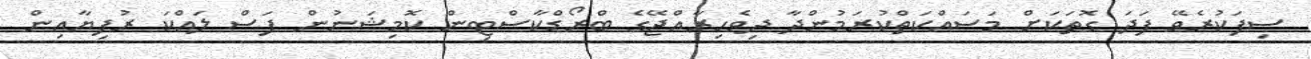
ސިފަކުރެވޭ ފަދަ ގޮތަކަށް މަސައްކަތްކުރަމުންދާ ދިވެހިރާއްޖޭގެ ބްރޯޑްކާސްޓިން ކޮމިޝަނުން ފަސް ލައްކަ ރުފިޔާއިން